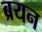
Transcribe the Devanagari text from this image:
ब्रयन